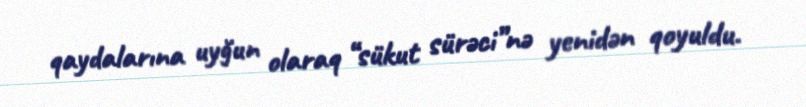
qaydalarına uyğun olaraq “sükut sürəci”nə yenidən qoyuldu.